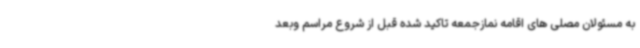
به مسئولان مصلی های اقامه نمازجمعه تاکید شده قبل از شروع مراسم وبعد